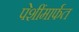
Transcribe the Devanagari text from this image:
पेशींमार्फत